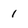
Character: 1